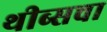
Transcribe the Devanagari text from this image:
थीब्सचा